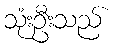
သုံးဦးသည်